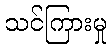
သင်ကြားမှု